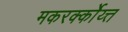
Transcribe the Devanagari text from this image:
मकरर्क्कोय्त्त